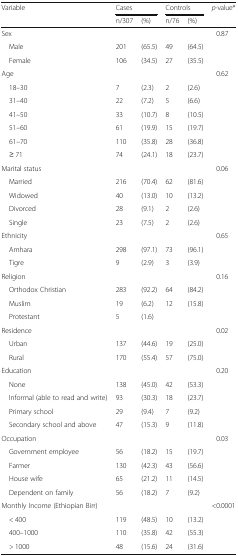
<table><thead><tr><td rowspan="2"><b>Variable</b></td><td colspan="2"><b>Cases</b></td><td colspan="2"><b>Controls</b></td><td rowspan="2"><b><i>p</i>-value*</b></td></tr><tr><td><b>n/307</b></td><td><b>(%)</b></td><td><b>n/76</b></td><td><b>(%)</b></td></tr></thead><tbody><tr><td>Sex</td><td></td><td></td><td></td><td></td><td>0.87</td></tr><tr><td> Male</td><td>201</td><td>(65.5)</td><td>49</td><td>(64.5)</td><td></td></tr><tr><td> Female</td><td>106</td><td>(34.5)</td><td>27</td><td>(35.5)</td><td></td></tr><tr><td>Age</td><td></td><td></td><td></td><td></td><td>0.62</td></tr><tr><td> 18–30</td><td>7</td><td>(2.3)</td><td>2</td><td>(2.6)</td><td></td></tr><tr><td> 31–40</td><td>22</td><td>(7.2)</td><td>5</td><td>(6.6)</td><td></td></tr><tr><td> 41–50</td><td>33</td><td>(10.7)</td><td>8</td><td>(10.5)</td><td></td></tr><tr><td> 51–60</td><td>61</td><td>(19.9)</td><td>15</td><td>(19.7)</td><td></td></tr><tr><td> 61–70</td><td>110</td><td>(35.8)</td><td>28</td><td>(36.8)</td><td></td></tr><tr><td> ≥ 71</td><td>74</td><td>(24.1)</td><td>18</td><td>(23.7)</td><td></td></tr><tr><td>Marital status</td><td></td><td></td><td></td><td></td><td>0.06</td></tr><tr><td> Married</td><td>216</td><td>(70.4)</td><td>62</td><td>(81.6)</td><td></td></tr><tr><td> Widowed</td><td>40</td><td>(13.0)</td><td>10</td><td>(13.2)</td><td></td></tr><tr><td> Divorced</td><td>28</td><td>(9.1)</td><td>2</td><td>(2.6)</td><td></td></tr><tr><td> Single</td><td>23</td><td>(7.5)</td><td>2</td><td>(2.6)</td><td></td></tr><tr><td>Ethnicity</td><td></td><td></td><td></td><td></td><td>0.65</td></tr><tr><td> Amhara</td><td>298</td><td>(97.1)</td><td>73</td><td>(96.1)</td><td></td></tr><tr><td> Tigre</td><td>9</td><td>(2.9)</td><td>3</td><td>(3.9)</td><td></td></tr><tr><td>Religion</td><td></td><td></td><td></td><td></td><td>0.16</td></tr><tr><td> Orthodox Christian</td><td>283</td><td>(92.2)</td><td>64</td><td>(84.2)</td><td></td></tr><tr><td> Muslim</td><td>19</td><td>(6.2)</td><td>12</td><td>(15.8)</td><td></td></tr><tr><td> Protestant</td><td>5</td><td>(1.6)</td><td></td><td></td><td></td></tr><tr><td>Residence</td><td></td><td></td><td></td><td></td><td>0.02</td></tr><tr><td> Urban</td><td>137</td><td>(44.6)</td><td>19</td><td>(25.0)</td><td></td></tr><tr><td> Rural</td><td>170</td><td>(55.4)</td><td>57</td><td>(75.0)</td><td></td></tr><tr><td>Education</td><td></td><td></td><td></td><td></td><td>0.20</td></tr><tr><td> None</td><td>138</td><td>(45.0)</td><td>42</td><td>(53.3)</td><td></td></tr><tr><td> Informal (able to read and write)</td><td>93</td><td>(30.3)</td><td>18</td><td>(23.7)</td><td></td></tr><tr><td> Primary school</td><td>29</td><td>(9.4)</td><td>7</td><td>(9.2)</td><td></td></tr><tr><td> Secondary school and above</td><td>47</td><td>(15.3)</td><td>9</td><td>(11.8)</td><td></td></tr><tr><td>Occupation</td><td></td><td></td><td></td><td></td><td>0.03</td></tr><tr><td> Government employee</td><td>56</td><td>(18.2)</td><td>15</td><td>(19.7)</td><td></td></tr><tr><td> Farmer</td><td>130</td><td>(42.3)</td><td>43</td><td>(56.6)</td><td></td></tr><tr><td> House wife</td><td>65</td><td>(21.2)</td><td>11</td><td>(14.5)</td><td></td></tr><tr><td> Dependent on family</td><td>56</td><td>(18.2)</td><td>7</td><td>(9.2)</td><td></td></tr><tr><td>Monthly Income (Ethiopian Birr)</td><td></td><td></td><td></td><td></td><td>&lt;0.0001</td></tr><tr><td> &lt; 400</td><td>119</td><td>(48.5)</td><td>10</td><td>(13.2)</td><td></td></tr><tr><td> 400–1000</td><td>110</td><td>(35.8)</td><td>42</td><td>(55.3)</td><td></td></tr><tr><td> &gt; 1000</td><td>48</td><td>(15.6)</td><td>24</td><td>(31.6)</td><td></td></tr></tbody></table>